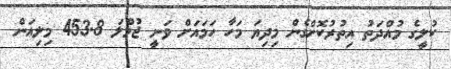
ކުލީގެ މުއްދަތު އިތުރުކޮށްގެން މިދިޔަ މަހާ ހަމައަށް ވަނީ ޖުމްލަ 453.8 މިލިއަން